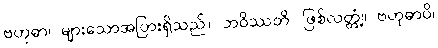
ဗဟုဓာ၊ များသောအပြားရှိသည်။ ဘဝိဿတိ၊ ဖြစ်လတ္တံ့။ ဗဟုဓာပိ၊